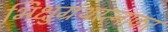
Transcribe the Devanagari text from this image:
भिक्षुग्रंथरत्नाकर